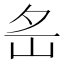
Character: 𡵪